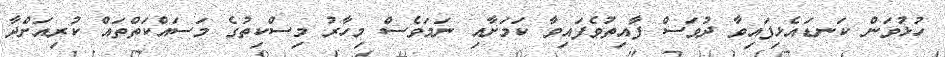
ހުޅުވަން ކަނޑައެޅިފައިވާ ދުވަސް ފާއިތުވެފައިވާ ކަމަށާއި ނަމަވެސް މިހާރު މިސްކިތުގެ މަސައްކަތްތައް ކުރިއަށްދާ